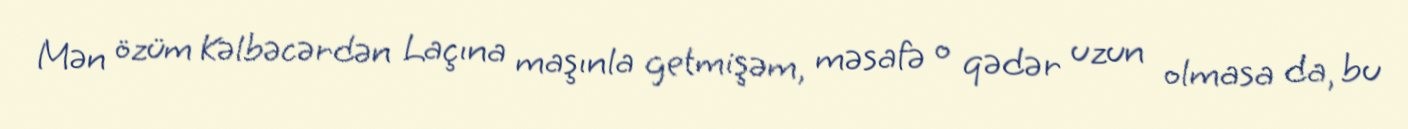
Mən özüm Kəlbəcərdən Laçına maşınla getmişəm, məsafə o qədər uzun olmasa da, bu